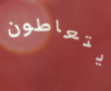
يتعاطون